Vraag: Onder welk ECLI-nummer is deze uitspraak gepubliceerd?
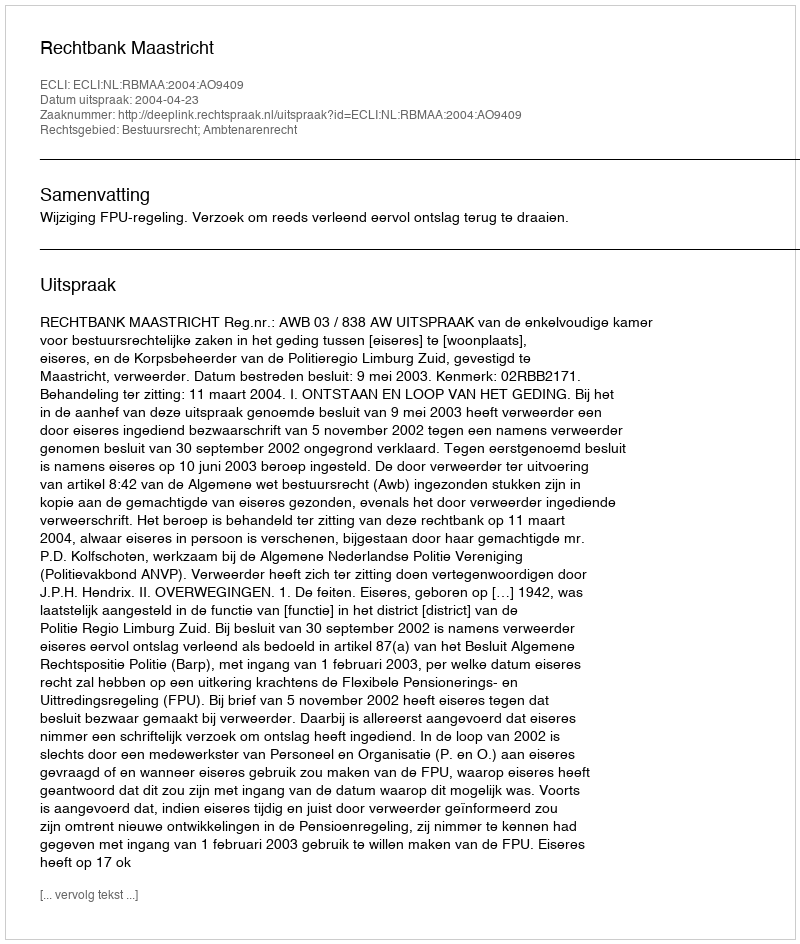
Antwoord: ECLI:NL:RBMAA:2004:AO9409